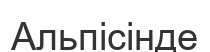
Альпісінде